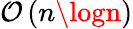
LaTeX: \mathcal{O}\left(n\logn\right)